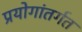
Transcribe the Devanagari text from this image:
प्रयोगांतर्गत